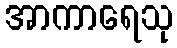
အာကာရေသု